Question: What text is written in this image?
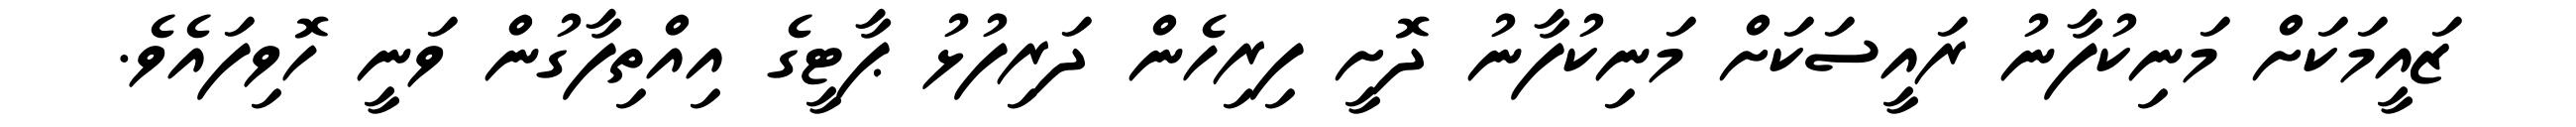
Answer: ޒައީމަކަށް މަނިކުފާނު ރައީސަކަށް މަނިކުފާނު ދޮށީ ފިރިހެން ދަރިފުޅު ޕާޓީގެ އިއްތިފާގުން ވަނީ ހޮވިފައެވެ.